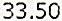
33.50